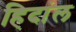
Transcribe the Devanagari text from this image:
हिदांल